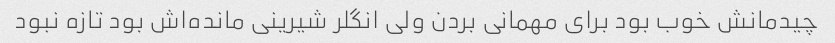
چیدمانش خوب بود برای مهمانی بردن ولی انگلر شیرینی مانده‌اش بود تازه نبود